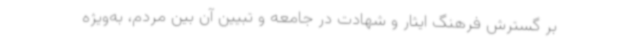
بر گسترش فرهنگ ایثار و شهادت در جامعه و تبیین آن بین مردم، به‌ویژه